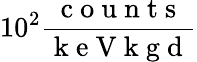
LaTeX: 10^{2}\frac{\mathrm{~c~o~u~n~t~s~}}{\mathrm{~k~e~V~k~g~d~}}